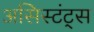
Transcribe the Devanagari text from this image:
असिस्टंट्स